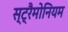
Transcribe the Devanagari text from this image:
स्ट्रैमोनियम